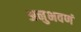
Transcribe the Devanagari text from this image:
अनुभवणं